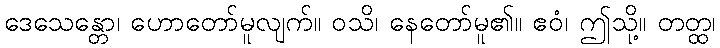
ဒေသေန္တော၊ ဟောတော်မူလျက်။ ဝသိ၊ နေတော်မူ၏။ ဧဝံ၊ ဤသို့။ တတ္ထ၊